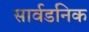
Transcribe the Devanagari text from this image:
सार्वडनिक